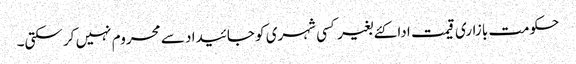
حکومت بازاری قیمت ادا کئے بغیر کسی شہری کو جائیدا د سے محروم نہیں کر سکتی۔